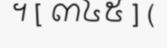
។ [ ៣៤៥ ] (